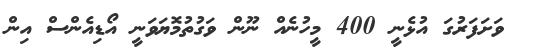
ވަށަފަރުގަ އުޅެނީ 400 މީހުނެއް ނޫން ވަގުތުމޮޔަވަނީ އޯޑިއެންސް އިން